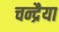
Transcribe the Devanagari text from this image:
चन्द्रैया